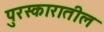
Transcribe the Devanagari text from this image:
पुरस्कारातील